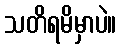
သတိရမိမှာပဲ။